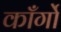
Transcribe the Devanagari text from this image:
काँर्गो